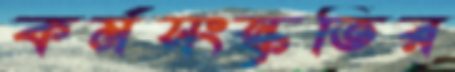
কর্মসংস্কৃতির